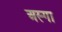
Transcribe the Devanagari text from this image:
अस्गा